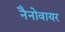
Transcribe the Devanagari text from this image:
नैनोवायर